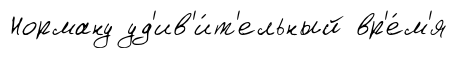
Норману уд'ив'и́т'ельный вр'е́м'я